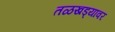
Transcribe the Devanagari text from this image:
तळखड्यावर